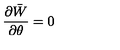
\frac { \partial \bar { W } } { \partial \theta } = 0